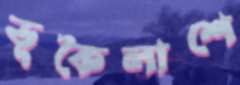
ভূকৈলাশে